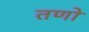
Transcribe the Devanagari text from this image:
तणो